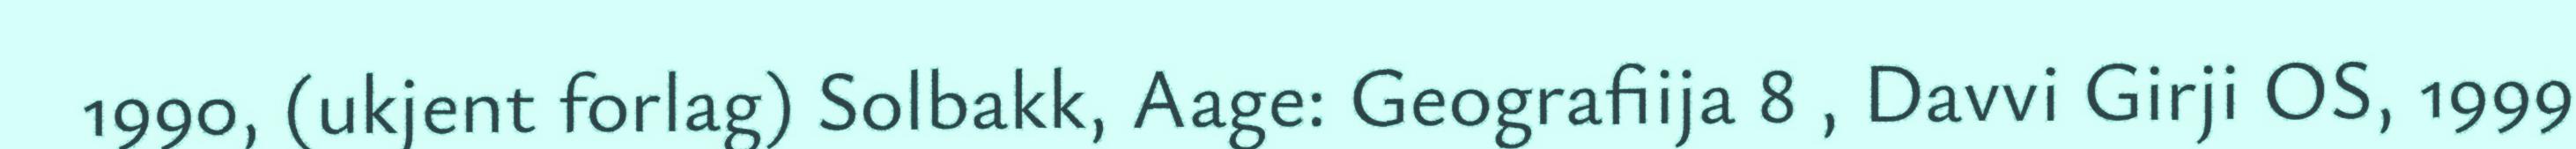
1990, (ukjent forlag) Solbakk, Aage: Geografiija 8 , Davvi Girji OS, 1999